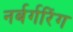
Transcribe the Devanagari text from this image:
नर्बर्गरिंग